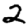
Digit: 2